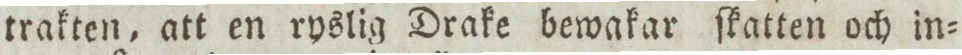
trakten, att en ryslig Drake bewakar ſkatten och in=